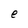
Character: e